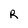
Character: R